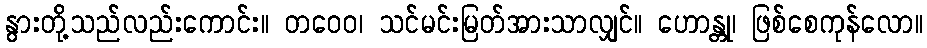
နွားတို့သည်လည်းကောင်း။ တဝေဝ၊ သင်မင်းမြတ်အားသာလျှင်။ ဟောန္တု၊ ဖြစ်စေကုန်လော။